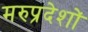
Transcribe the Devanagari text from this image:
मरुप्रदेशों